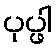
ပုပ္ဖါ